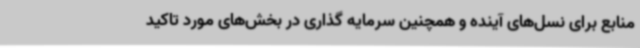
منابع برای نسل‌های آینده و همچنین سرمایه گذاری در بخش‌های مورد تاکید